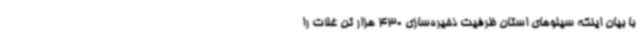
با بیان اینکه سیلوهای استان ظرفیت ذخیره‌سازی 430 هزار تن غلات را